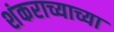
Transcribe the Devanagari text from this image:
शंकराच्याच्या